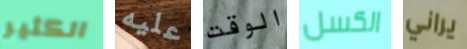
الكثير عليه الوقت الكسل يراني